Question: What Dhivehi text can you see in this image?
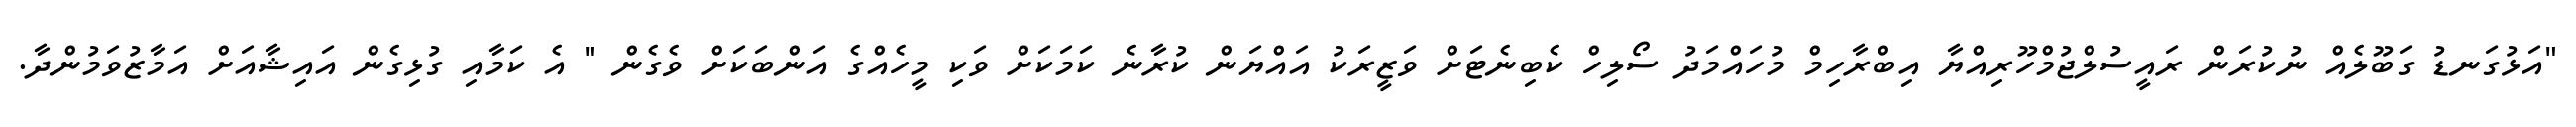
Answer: "އަޅުގަނޑު ގަބޫލެއް ނުކުރަން ރައީސުލްޖުމްހޫރިއްޔާ އިބްރާހިމް މުހައްމަދު ސޯލިހް ކެބިނެޓަށް ވަޒީރަކު އައްޔަން ކުރާނެ ކަމަކަށް ވަކި މީހެއްގެ އަންބަކަށް ވެގެން " އެ ކަމާއި ގުޅިގެން އައިޝާއަށް އަމާޒުވަމުންދާ.